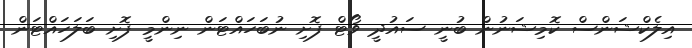
އިލެކްޝަންސް ކޮމިޝަނުން ބުނީ ސައުދީ ވޯޓް ފޮށި ނުބަހައްޓަން ނިންމީ ފޮށި ބަލަހައްޓަން